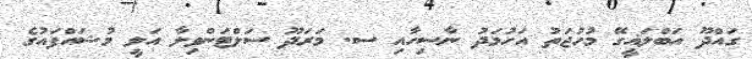
ގައްދޫ އަބްލަޣީގޭ މުހުޖަތު އަހުމަދު ނާސިހާއި ސ. މަރަދޫ ސަލްޓަންވިލާ އަލީ މުޝައްފައުގެ